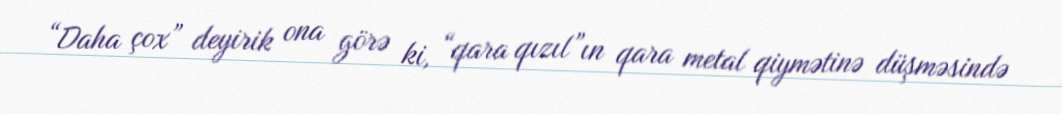
“Daha çox” deyirik ona görə ki, “qara qızıl”ın qara metal qiymətinə düşməsində